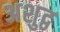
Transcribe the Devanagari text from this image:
अशुद्व